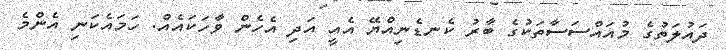
ދައުލަތުގެ މުއައްސަސާތަކުގެ ބާރު ކެނޑެނިއްޔޭ އެއީ އަދި އެހެން ވާހަކައެއް. ހަމައެކަނި އެންމެ